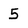
Character: 5